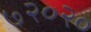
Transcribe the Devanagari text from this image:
७२०२०